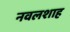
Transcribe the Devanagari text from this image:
नवलशाह